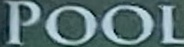
POOL